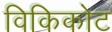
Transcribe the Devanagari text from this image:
विकिकोट